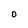
Character: 0